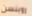
روبنسن